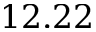
1 2 . 2 2